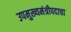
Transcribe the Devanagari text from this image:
उपमुख्यमंत्रीपदाचा